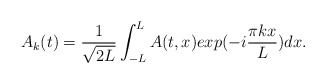
\begin{align*}A_k(t)={1\over \sqrt {2L}} \int_{-L}^L A(t,x)exp(-i{\pi kx\over L})dx.\end{align*}